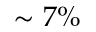
\sim 7 \%